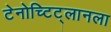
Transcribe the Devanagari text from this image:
टेनोच्टिट्लानला